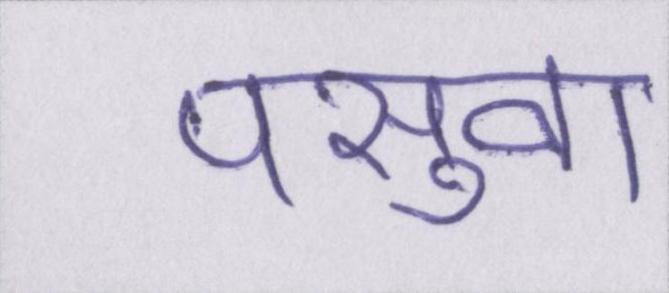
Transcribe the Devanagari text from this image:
पसुवा